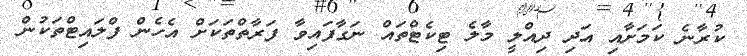
ކުރާނެ ކަމަށާއި އަދި ދިއްލީ މާލެ ޓިކެޓްތައް ނަގާފައިވާ ފަރާތްތަކަށް އެހެން ފްލައިޓްތަކުން